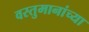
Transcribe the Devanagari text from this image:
वस्तुमानांच्या